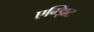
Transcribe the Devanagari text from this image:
एग्झिट